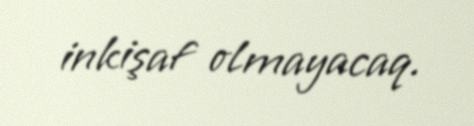
inkişaf olmayacaq.